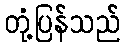
တုံ့ပြန်သည်